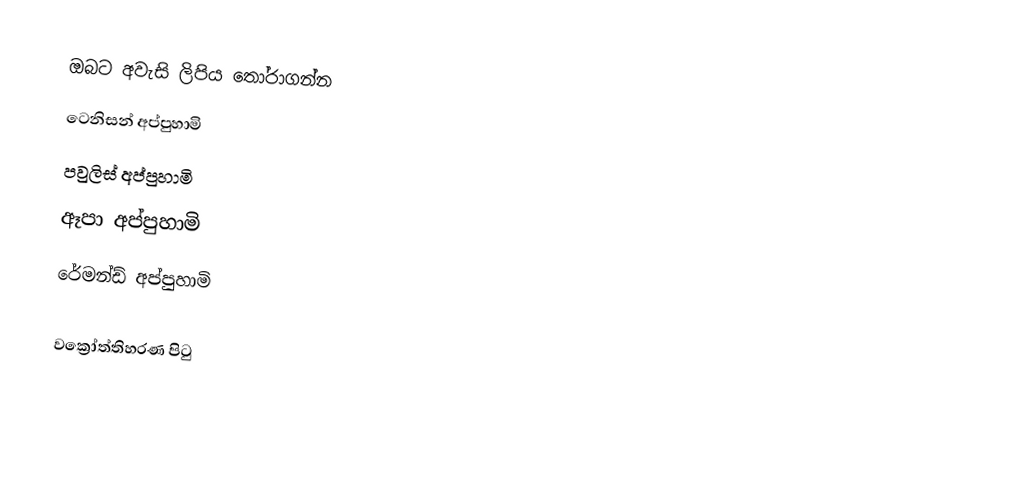
ඔබට අවැසි ලිපිය තෝරාගන්න
 ටෙනිසන් අප්පුහාමි
 පවුලිස් අප්පුහාමි
 ඈපා අප්පුහාමි
 රේමන්ඩ් අප්පුහාමි

වක්‍රෝත්තිහරණ පිටු